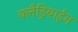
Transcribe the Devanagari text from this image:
क्लैड्रिबाईन